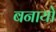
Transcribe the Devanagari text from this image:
बनायो